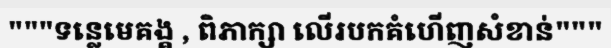
"""ទន្លេមេគង្គ , ពិភាក្សា លើរបកគំហើញសំខាន់"""